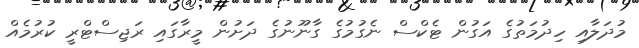
މުދަލާއި ހިދުމަތުގެ އަގުން ޓެކްސް ނެގުމުގެ ގާނޫނުގެ ދަށުން މީރާގައި ރަޖިސްޓްރީ ކުރުމެއް